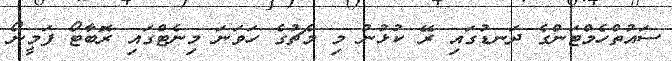
ސައުތްހެމްޓަންގެ ދަނޑުގައި ރޭ ކުޅުނު މި މެޗުގެ ހަވަނަ މިނެޓްގައި ރޮބާޓޯ ފަމީނޯ